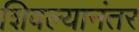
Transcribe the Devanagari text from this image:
शिवल्यानंतर